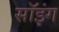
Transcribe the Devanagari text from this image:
सॉइंग